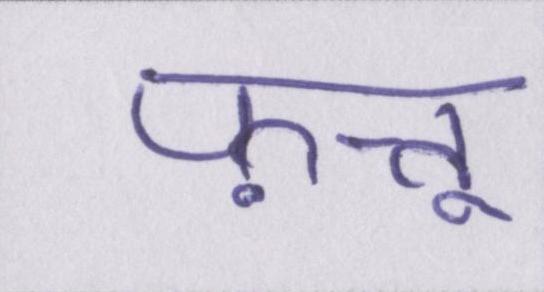
फ़त्तू